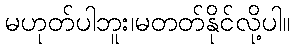
မဟုတ်ပါဘူး၊မတတ်နိုင်လို့ပါ။